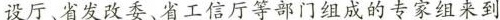
设厅、省发改委、省工信厅等部门组成的专家组来到